Plague in India, 1896, 1897 - Volume 3
Year: 1896
Disease focus: Plague
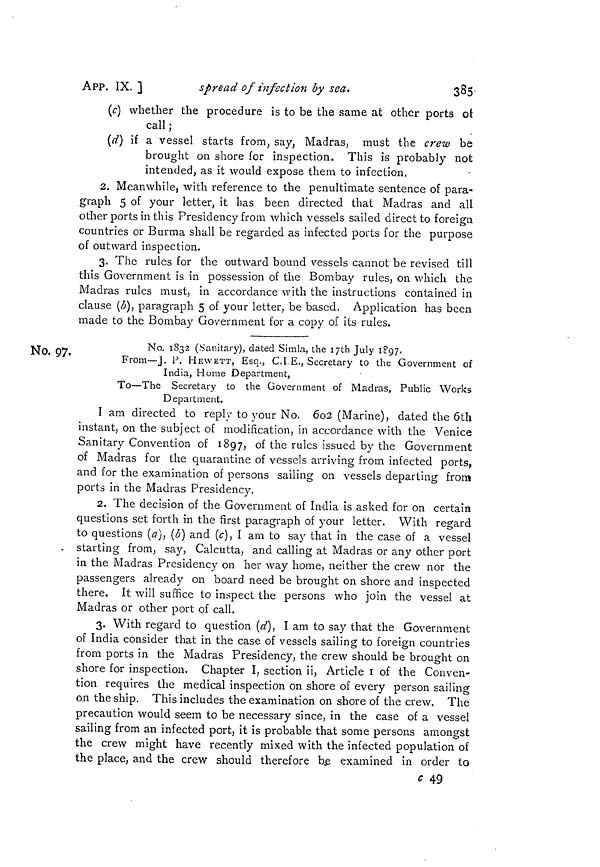
APP. IX. ]
spread of infection by sea.
385
(c) whether the procedure is to be the same at other ports of
call ;
(d) if a vessel starts from, say, Madras, must the crew be
brought on shore for inspection. This is probably not
intended, as it would expose them to infection.
2. Meanwhile, with reference to the penultimate sentence of para-
graph 5 of your letter, it has been directed that Madras and all
other ports in this Presidency from which vessels sailed direct to foreign
countries or Burma shall be regarded as infected ports for the purpose
of outward inspection.
3. The rules for the outward bound vessels cannot be revised till
this Government is in possession of the Bombay rules, on which the
Madras rules must, in accordance with the instructions contained in
clause (b), paragraph 5 of your letter, be based. Application has been
made to the Bombay Government for a copy of its rules.
No. 97,
No. 1832 (Sanitary), dated Simla, the 17th July 1897-
From—J. P. HEWETT, Esq., C.I E., Secretary to the Government of
India, Home Department,
To—The Secretary to the Government of Madras, Public Works
Department.
I am directed to reply to your No. 6o2 (Marine), dated the 6th
instant, on the subject of modification, in accordance with the Venice
Sanitary Convention of 1897, of the rules issued by the Government
of Madras for the quarantine of vessels arriving from infected ports,
and for the examination of persons sailing on vessels departing from
ports in the Madras Presidency.
2. The decision of the Government of India is asked for on certain
questions set forth in the first paragraph of your letter. With regard
to questions (a), (b) and (c), I am to say that in the case of a vessel
starting from, say, Calcutta, and calling at Madras or any other port
in the Madras Presidency on her way home, neither the crew nor the
passengers already on board need be brought on shore and inspected
there. It will suffice to inspect the persons who join the vessel at
Madras or other port of call.
3. With regard to question (d), I am to say that the Government
of India consider that in the case of vessels sailing to foreign countries
from ports in the Madras Presidency, the crew should be brought on
shore for inspection. Chapter I, section ii, Article 1 of the Conven-
tion requires the medical inspection on shore of every person sailing
on the ship. This includes the examination on shore of the crew. The
precaution would seem to be necessary since, in the case of a vessel
sailing from an infected port, it is probable that some persons amongst
the crew might have recently mixed with the infected population of
the place, and the crew should therefore be examined in order to
c 49